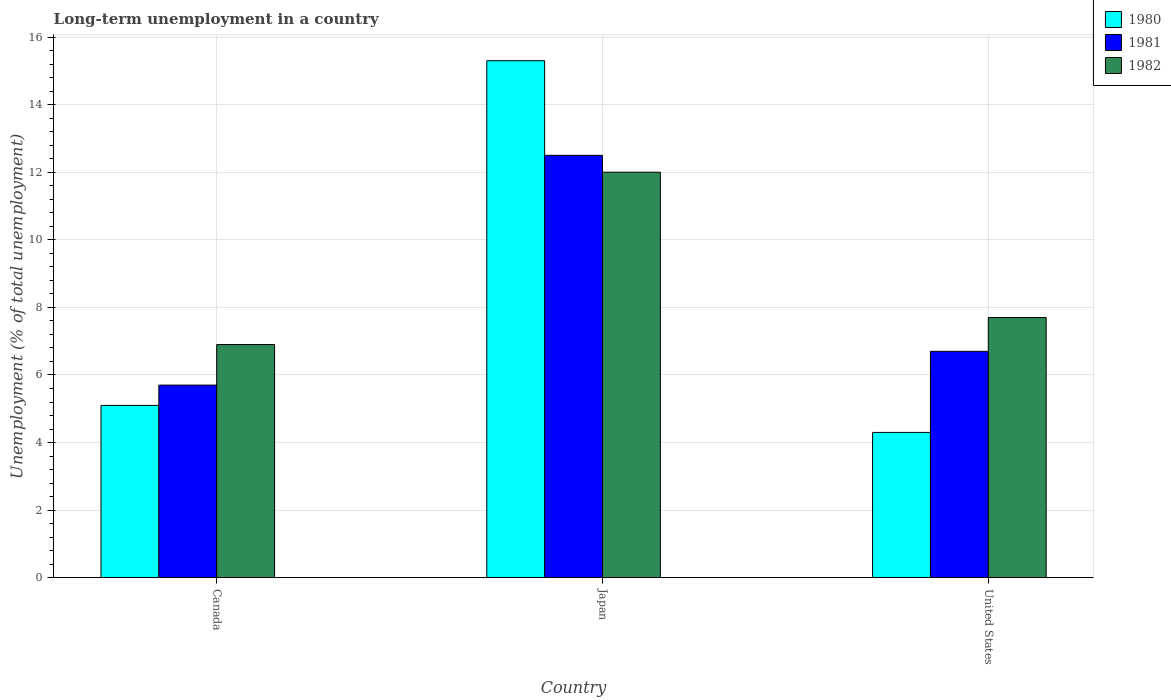
| Country | 1980 | 1981 | 1982 |
 | --- | --- | --- | --- |
 | Canada | 5.1 | 5.7 | 6.9 |
 | Japan | 15.3 | 12.5 | 12 |
 | United States | 4.3 | 6.7 | 7.7 |